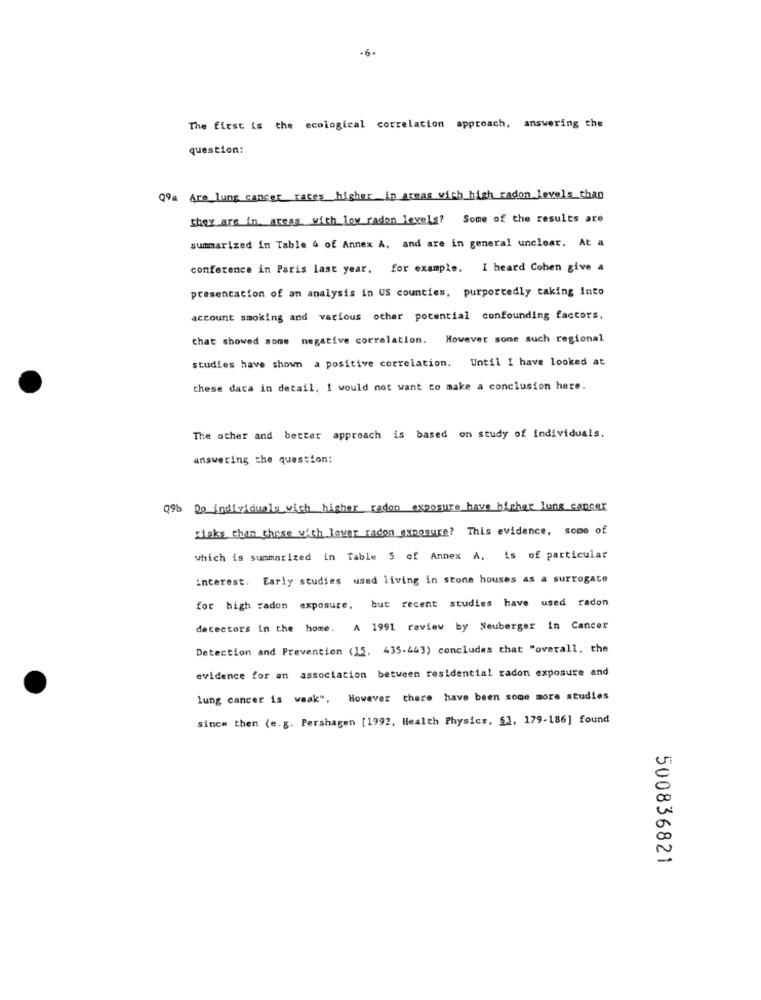
-6-
The first is the ecological correlacion approach. answering the
question:
Q9a Are lung cancer rates higher in areas with high radon levels than
they are in areas with low radon levels? Some of the results are
summarized in Table 4 of Annex A, and are in general unclear. At a
conference in Paris last year, for example. I heard Cohen give a
presentation of an analysis in US counties, purportedly taking into
account smoking and various other potential confounding factors,
Chat showed some negative correlation. However some such regional
studies have shown a positive correlation. Until I have looked at
these data in detail, I would not want to make a conclusion here.
The other and better approach is based on study of individuals.
answering the question:
09b
Do individuale wish higher radon exposure have higher lung cancer
risks than those with lower radon exposure? This evidence, some of
which is summarized in Table 5 of Annex A. is of particular
interest. Early studies used living in stone houses as a surrogate
for high radon exposure, but recent studies have used radon
detectors in the home. A 1991 review by Neuberger in Cancer
Detection and Prevention (15. 435.443) concludes that "overall, the
evidence for an association between residential radon exposure and
lung cancer is waak". However there have been some more studies
since then (e.g. Pershagen [1992, Health Physics, 52, 179-186] found
500836821